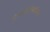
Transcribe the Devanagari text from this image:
डेक्सट्रोमेथॉर्थफन